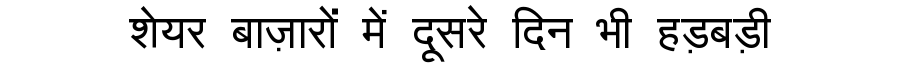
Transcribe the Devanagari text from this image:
शेयर बाज़ारों में दूसरे दिन भी हड़बड़ी